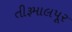
તીરૂમાલપૂર